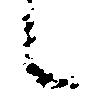
候